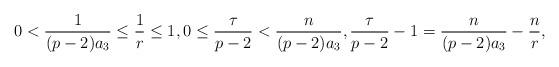
LaTeX: \begin{align*}0<\frac{1}{(p-2)a_3} \leq \frac1r\leq 1, 0\leq \frac{\tau}{p-2}<\frac{n}{(p-2)a_3}, \frac{\tau}{p-2}-1=\frac{n}{(p-2)a_3}-\frac{n}{r},\end{align*}